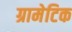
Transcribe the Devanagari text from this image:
ग्रामेटिक